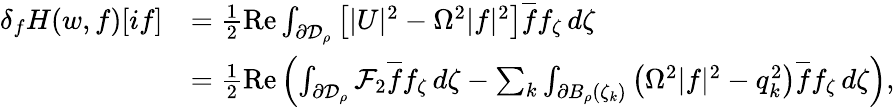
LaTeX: \begin{array}{rl}{\delta_{f}H(w,f)[if]}&{=\frac 12\operatorname{Re}\int_{\partial\mathcal{D}_{\rho}}\left[|U|^{2}-\Omega^{2}|f|^{2}\right]\overline{f}f_{\zeta}\, d\zeta}\\ &{=\frac 12\operatorname{Re}\left(\int_{\partial\mathcal{D}_{\rho}}\mathcal{F}_{2}\overline{f}f_{\zeta}\, d\zeta-\sum_{k}\int_{\partial B_{\rho}(\zeta_{k})}\left(\Omega^{2}|f|^{2}-q_{k}^{2}\right)\overline{f}f_{\zeta}\, d\zeta\right),}\end{array}